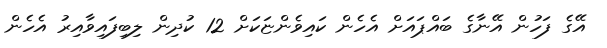
އޭގެ ފަހުން އޭނާގެ ބައްޕައަށް އެހެން ކައިވެންޏަކަށް 12 ކުދިން ލިބިފައިވާއިރު އެހެން